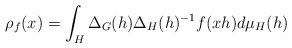
LaTeX: \begin{align*}\rho_f(x) = \int_H \Delta_G(h) \Delta_H(h)^{-1} f(xh) d\mu_H(h)\end{align*}